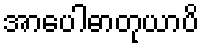
အာပေါဓာတုယာပိ